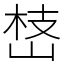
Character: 㟚